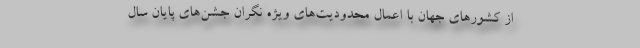
از کشورهای جهان با اعمال محدودیت‌های ویژه نگران جشن‌های پایان سال